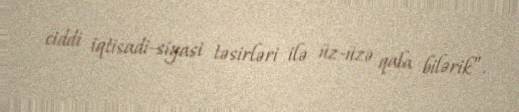
ciddi iqtisadi-siyasi təsirləri ilə üz-üzə qala bilərik”.